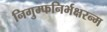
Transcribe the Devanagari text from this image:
निगुम्फनिर्भक्षरन्म